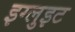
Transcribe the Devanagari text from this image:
इग्लुइट